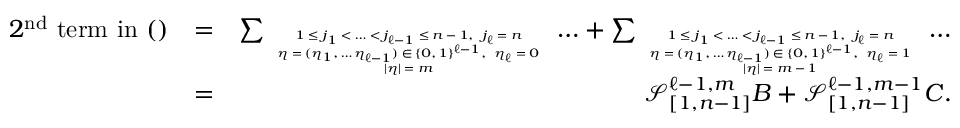
\begin{array} { r l r } { 2 ^ { \mathrm { n d } } \mathrm { ~ t e r m ~ i n ~ ( ) } } & { = } & { \sum _ { \tiny \begin{array} { c } { 1 \leq j _ { 1 } < \ldots < j _ { \ell - 1 } \leq n - 1 , \ j _ { \ell } = n } \\ { \eta = ( \eta _ { 1 } , \ldots \eta _ { \ell - 1 } ) \in \{ 0 , 1 \} ^ { \ell - 1 } , \ \eta _ { \ell } = 0 } \\ { | \eta | = m } \end{array} } \ldots + \sum _ { \tiny \begin{array} { c } { 1 \leq j _ { 1 } < \ldots < j _ { \ell - 1 } \leq n - 1 , \ j _ { \ell } = n } \\ { \eta = ( \eta _ { 1 } , \ldots \eta _ { \ell - 1 } ) \in \{ 0 , 1 \} ^ { \ell - 1 } , \ \eta _ { \ell } = 1 } \\ { | \eta | = m - 1 } \end{array} } \ldots } \\ & { = } & { \mathcal { S } _ { [ 1 , n - 1 ] } ^ { \ell - 1 , m } B + \mathcal { S } _ { [ 1 , n - 1 ] } ^ { \ell - 1 , m - 1 } C . } \end{array}